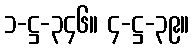
၁-ဋ္ဌ-၃၄၆။ ၄-ဋ္ဌ-၃၉။